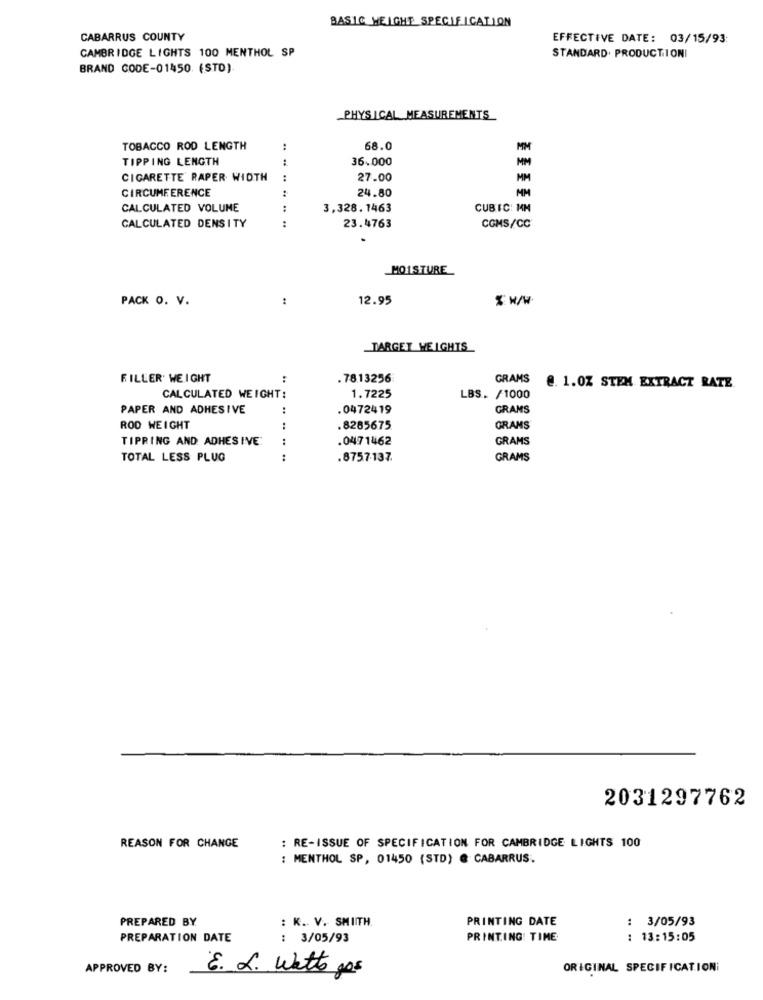
BASIC HEIGHT SPECIFICATION
CABARRUS COUNTY
EFFECTIVE DATE: 03/15/93:
CAMBRIDGE LIGHTS 100 MENTHOL SP
STANDARD. PRODUCTION
BRAND CODE-01450. (STD)
PHYSICAL MEASUREMENTS
TOBACCO ROD LENGTH
..
68.0
MM
TIPPING LENGTH
36.000
MM
CIGARETTE RAPER WIDTH
:
27.00
MM
CIRCUMFERENCE
:
24.80
MM
CALCULATED VOLUME
:
3,328.1463
CUBIC: MM
:
CALCULATED DENSITY
23.4763
CGMS/CC
MOISTURE
PACK O. V.
12.95
% w/W.
_TARGET WEIGHTS
FILLER WEIGHT
:
. 78.13256
GRAMS
@. 1.0Z STEM EXTRACT RATE
CALCULATED WEIGHT:
1.7225
LBS. /1000
PAPER AND ADHESIVE
.0472419
GRAMS
ROD WEIGHT
.8285675
GRAMS
TIPRING AND ADHESIVE:
1
.0471462
GRAMS
TOTAL LESS PLUG
:
.8757-137.
GRAMS
2031297762
REASON FOR CHANGE
: RE-ISSUE OF SPECIFICATION FOR CAMBRIDGE LIGHTS 100
: MENTHOL SP, 01450 (STD) @ CABARRUS.
PREPARED BY
: K. V. SMITH.
PRINTING DATE
: 3/05/93
PREPARATION DATE
: 3/05/93
PRINTING TIME
: 13:15:05
APPROVED BY:
E. L. Watts gos
ORIGINAL SPECIFICATIONI